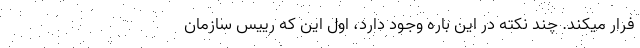
فرار میکند. چند نکته در این باره وجود دارد، اول این که رییس سازمان